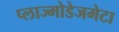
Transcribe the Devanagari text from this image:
प्लाज्मोडेजमेटा